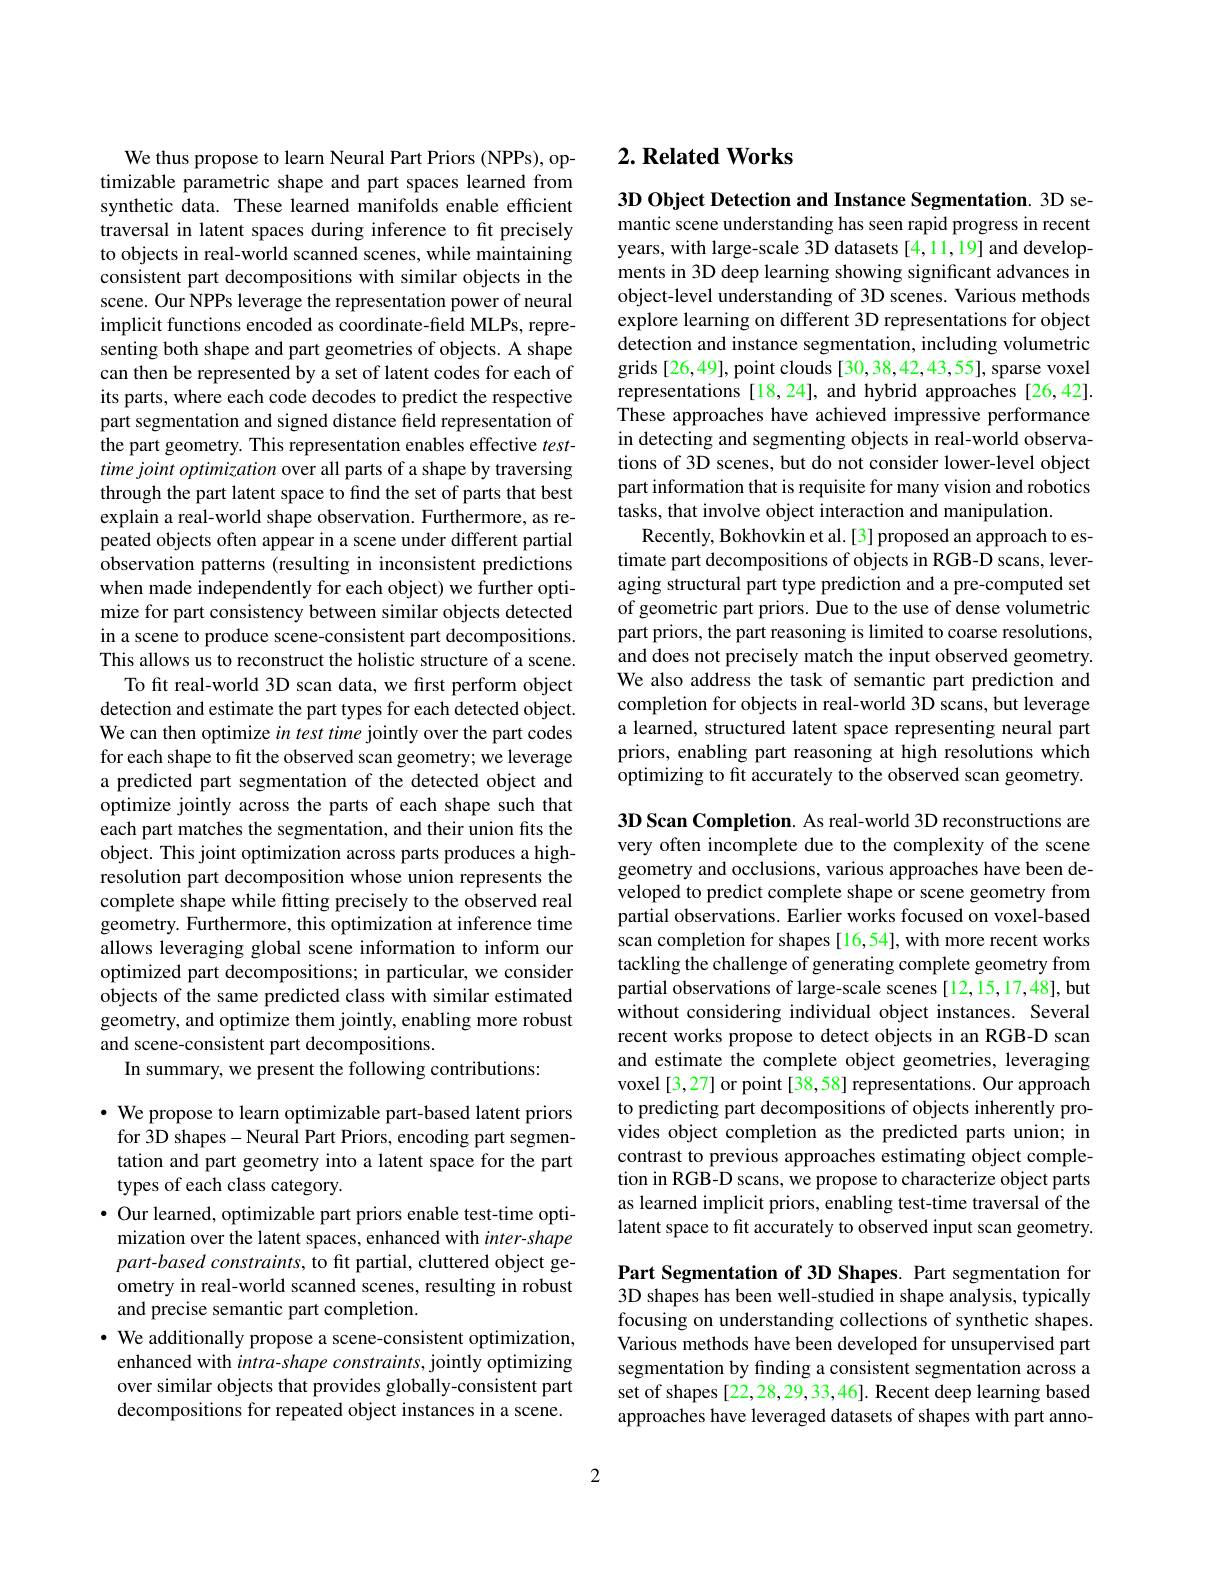
We thus propose to learn Neural Part Priors (NPPs), optimizable parametric shape and part spaces learned from synthetic data. These learned manifolds enable efficient traversal in latent spaces during inference to fit precisely to objects in real-world scanned scenes, while maintaining consistent part decompositions with similar objects in the scene. Our NPPs leverage the representation power of neural implicit functions encoded as coordinate-field MLPs, representing both shape and part geometries of objects. A shape can then be represented by a set of latent codes for each of its parts, where each code decodes to predict the respective part segmentation and signed distance field representation of the part geometry. This representation enables effective $test-$ time joint optimization over all parts of a shape by traversing through the part latent space to find the set of parts that best explain a real-world shape observation. Furthermore, as repeated objects often appear in a scene under different partial observation patterns (resulting in inconsistent predictions when made independently for each object) we further optimize for part consistency between similar objects detected in a scene to produce scene-consistent part decompositions. This allows us to reconstruct the holistic structure of a scene.
To fit real-world 3D scan data, we first perform object detection and estimate the part types for each detected object. We can then optimize in test time jointly over the part codes for each shape to fit the observed scan geometry; we leverage a predicted part segmentation of the detected object and optimize jointly across the parts of each shape such that each part matches the segmentation, and their union fits the object. This joint optimization across parts produces a highresolution part decomposition whose union represents the complete shape while fitting precisely to the observed real geometry. Furthermore, this optimization at inference time allows leveraging global scene information to inform our optimized part decompositions; in particular, we consider objects of the same predicted class with similar estimated geometry, and optimize them jointly, enabling more robust and scene-consistent part decompositions.
In summary, we present the following contributions:

$\cdot$ We propose to learn optimizable part-based latent priors for 3D shapes- Neural Part Priors, encoding part segmentation and part geometry into a latent space for the part types of each class category.
$\bullet$ Our learned, optimizable part priors enable test-time opti-
mization over the latent spaces, enhanced with inter-shape part-based constraints, to fit partial, cluttered object geometry in real-world scanned scenes, resulting in robust and precise semantic part completion.
$\cdot$ We additionally propose a scene-consistent optimization,
enhanced with intra-shape constraints, jointly optimizing over similar objects that provides globally-consistent part decompositions for repeated object instances in a scene.

## $2. \textbf{Related Works}$

3D Object Detection and Instance Segmentation. 3D semantic scene understanding has seen rapid progress in recent years, with large-scale 3D datasets [4,11,19] and developments in 3D deep learning showing significant advances in object-level understanding of 3D scenes. Various methods explore learning on different 3D representations for object detection and instance segmentation, including volumetric grids [26,49], point clouds [30,38,42,43,55], sparse voxel representations [18,24], and hybrid approaches [26,42]. These approaches have achieved impressive performance in detecting and segmenting objects in real-world observations of 3D scenes, but do not consider lower-level object part information that is requisite for many vision and robotics tasks, that involve object interaction and manipulation.
Recently, Bokhovkin et al.[3] proposed an approach to estimate part decompositions of objects in RGB-D scans, leveraging structural part type prediction and a pre-computed set of geometric part priors. Due to the use of dense volumetric part priors, the part reasoning is limited to coarse resolutions, and does not precisely match the input observed geometry. We also address the task of semantic part prediction and completion for objects in real-world 3D scans, but leverage a learned, structured latent space representing neural part priors, enabling part reasoning at high resolutions which optimizing to fit accurately to the observed scan geometry.

3D Scan Completion. As real-world 3D reconstructions are very often incomplete due to the complexity of the scene geometry and occlusions, various approaches have been developed to predict complete shape or scene geometry from partial observations. Earlier works focused on voxel-based scan completion for shapes[16,54], with more recent works tackling the challenge of generating complete geometry from partial observations of large-scale scenes [12,15,17,48], but without considering individual object instances. Several recent works propose to detect objects in an RGB-D scan and estimate the complete object geometries, leveraging voxel [3,27] or point [38,58] representations. Our approach to predicting part decompositions of objects inherently provides object completion as the predicted parts union; in contrast to previous approaches estimating object completion in RGB-D scans, we propose to characterize object parts as learned implicit priors, enabling test-time traversal of the latent space to fit accurately to observed input scan geometry.

Part Segmentation of 3D Shapes. Part segmentation for 3D shapes has been well-studied in shape analysis, typically focusing on understanding collections of synthetic shapes. Various methods have been developed for unsupervised part segmentation by finding a consistent segmentation across a set of shapes [22,28,29,33,46]. Recent deep learning based approaches have leveraged datasets of shapes with part anno-

2